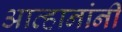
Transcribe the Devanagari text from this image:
आव्हानांनी